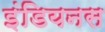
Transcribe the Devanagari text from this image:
इंडियनस